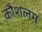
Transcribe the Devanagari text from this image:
कौशलम्‌